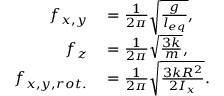
\begin{array} { r l } { f _ { x , y } } & { { } = \frac { 1 } { 2 \pi } \sqrt { \frac { g } { l _ { e q } } } , } \\ { f _ { z } } & { { } = \frac { 1 } { 2 \pi } \sqrt { \frac { 3 k } { m } } , } \\ { f _ { x , y , r o t . } } & { { } = \frac { 1 } { 2 \pi } \sqrt { \frac { 3 k R ^ { 2 } } { 2 I _ { x } } } . } \end{array}